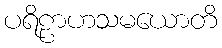
ပရိဠာဟသမယောတိ